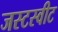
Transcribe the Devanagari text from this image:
जस्टस्वीट